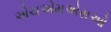
એચએમએસઓ